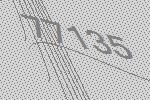
77135